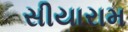
સીયારામ